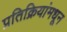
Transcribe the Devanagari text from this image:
प्रतिक्रियांमधून